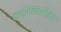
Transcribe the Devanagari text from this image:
लसीकावाहिका